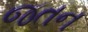
જતન